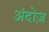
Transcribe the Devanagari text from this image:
अंदोज़